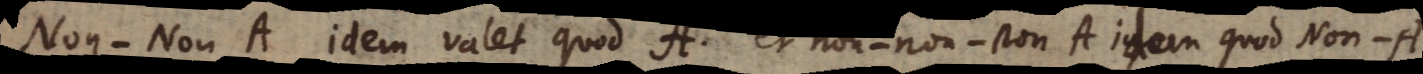
o n A idem valet quod A, et non‐non‐non A idem quod Non‐A